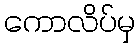
ကောလိပ်မှ